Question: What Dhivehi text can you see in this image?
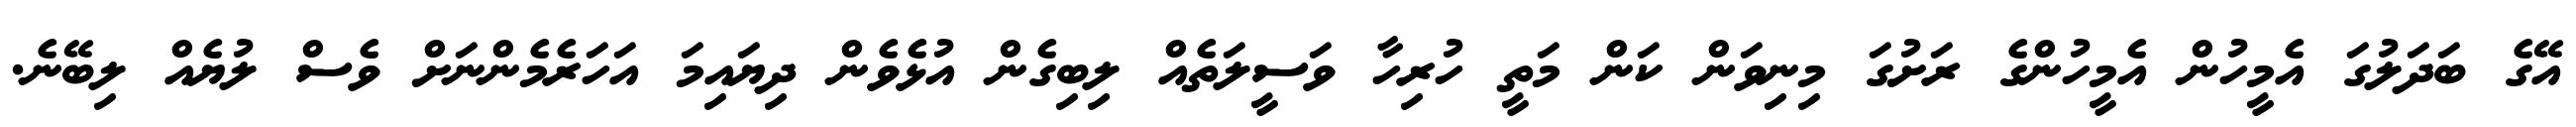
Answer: އޭގެ ބަދަލުގަ އެމީހުން އެމީހުންގެ ރަށުގަ މިނިވަން ކަން މަތީ ހުރިހާ ވަސީލަތެއް ލިބިގެން އުޅެވެން ދިޔައިމަ އަހަރެމެންނަށް ވެސް ލުޔެއް ލިބޭނެ.